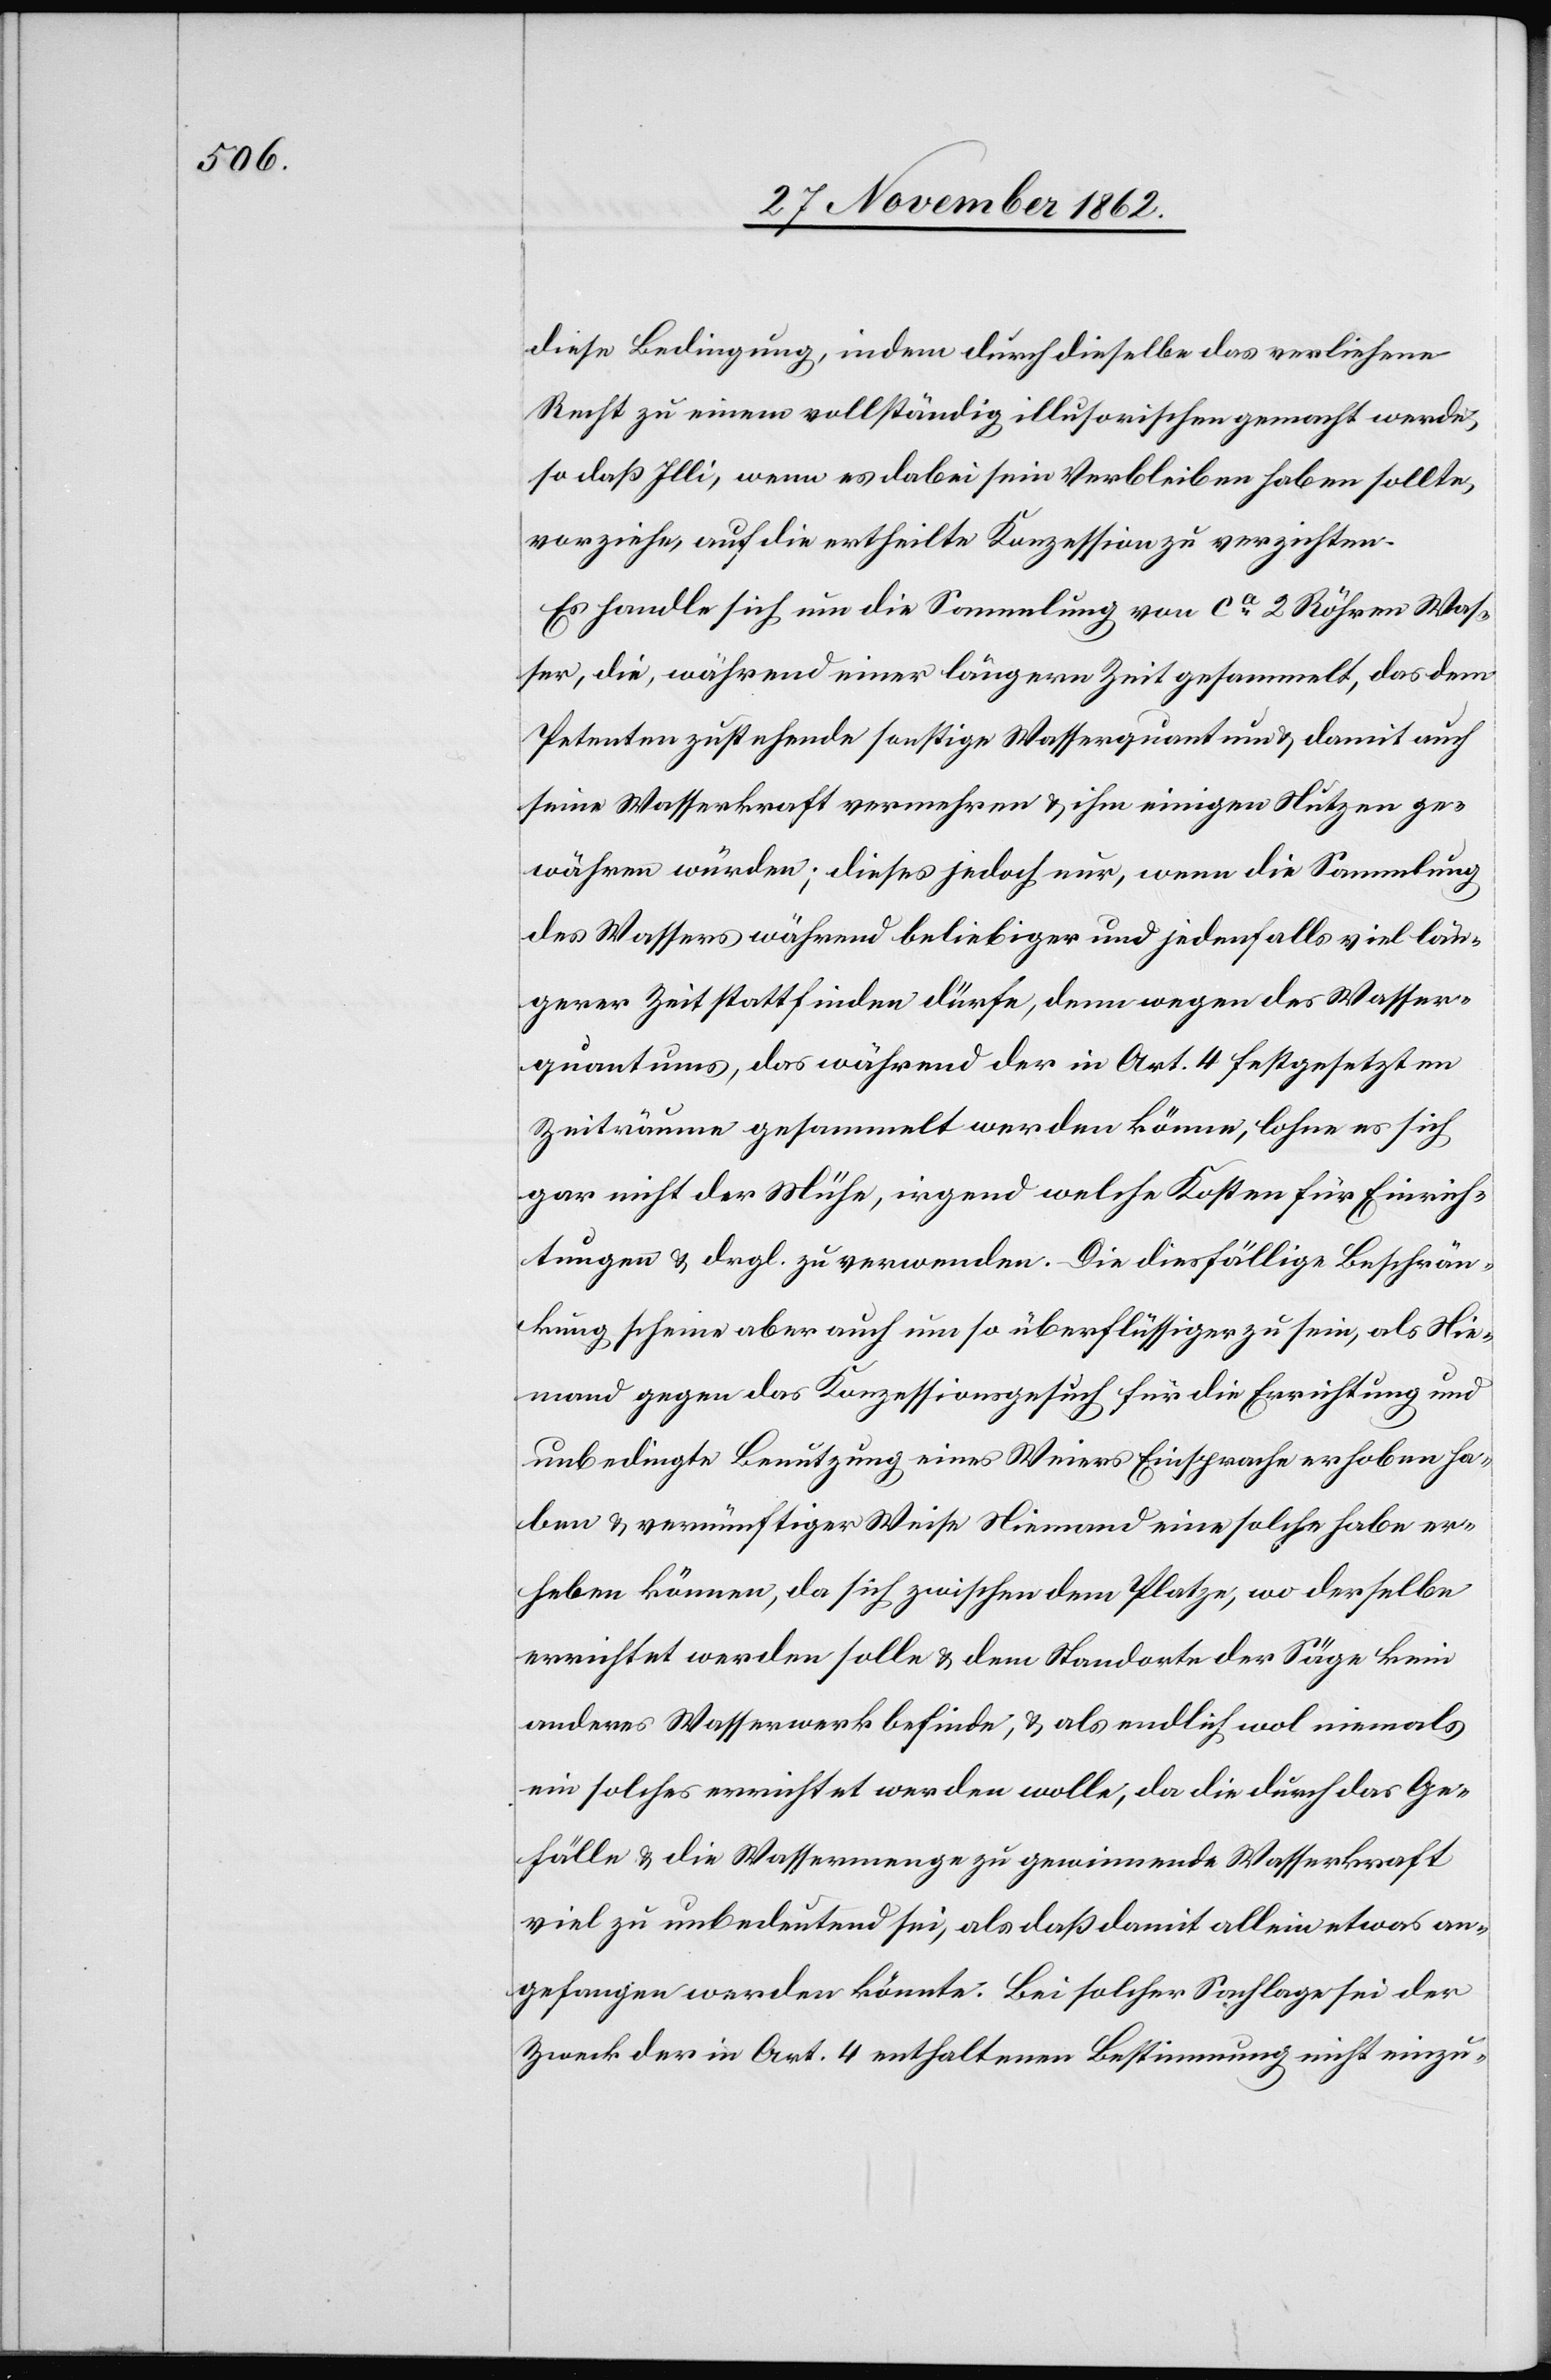
diese Bedingung, indem durch dieselbe das verliehene
Recht zu einem vollständig illusorischen gemacht werde,
so daß Illi, wenn es dabei sein Verbleiben haben sollte,
vorziehe, auf die ertheilte Konzession zu verzichten.
Es handle sich um die Sammlung von ca 2 Röhren Was¬
ser, die, während einer längern Zeit gesammelt, das dem
Petenten zustehende sonstige Wasserquantum u. damit auch
seine Wasserkraft vermehren u. ihm einigen Nutzen ge¬
währen würden; dieses jedoch nur, wenn die Sammlung
des Wassers während beliebiger und jedenfalls viel län¬
gerer Zeit statt finden dürfe, denn wegen des Wasser¬
quantums, das während der in Art. 4 festgesetzten
Zeiträume gesammelt werden könne, lohne es sich
gar nicht der Mühe, irgend welche Kosten für Einrich¬
tung u. drgl. zu verwenden. Die diesfällige Beschrän¬
kung scheine aber auch um so überflüssiger zu sein, als Nie¬
mand gegen das Konzessionsgesuch für die Errichtung und
unbedingte Benutzung eines Weiers Einsprache erhoben ha¬
be u. vernünftiger Weise Niemand eine solche habe er¬
heben können, da sich zwischen dem Platze, wo derselbe
errichtet werden solle u. dem Standorte der Säge kein
anderes Wasserwerk befinde, u. als endlich wol niemals
ein solches errichtet werden wolle, da die durch das Ge¬
fälle u. die Wassermenge zu gewinnende Wasserkraft
viel zu unbedeutend sei, als daß damit allein etwas an¬
gefangen werden könnte. Bei solcher Sachlage sei der
Zweck der in Art. 4 enthaltenen Bestimmung nicht einzu-